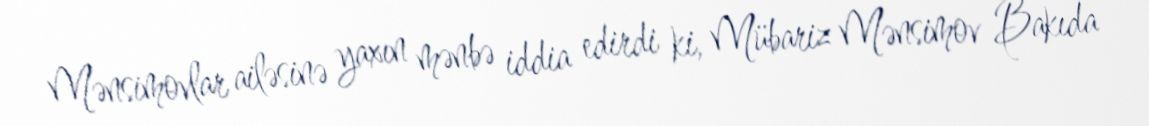
Mənsimovlar ailəsinə yaxın mənbə iddia edirdi ki, Mübariz Mənsimov Bakıda